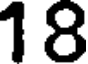
18